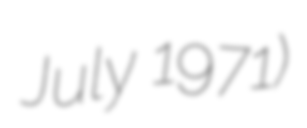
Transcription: July 1971)